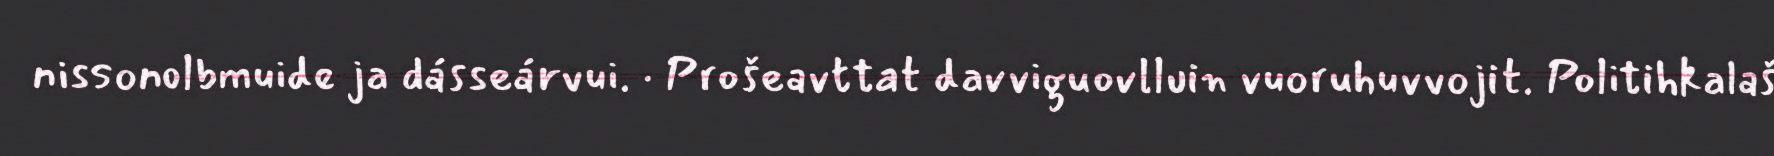
nissonolbmuide ja dásseárvui. · Prošeavttat davviguovlluin vuoruhuvvojit. Politihkalaš